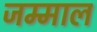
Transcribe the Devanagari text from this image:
जम्माल